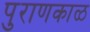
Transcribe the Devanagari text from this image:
पुराणकाळ